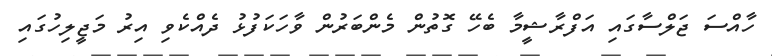
ހާއްސަ ޖަލްސާގައި އަފްރާޝީމާ ބެހޭ ގޮތުން މެންބަރުން ވާހަކަފުޅު ދެއްކެވި އިރު މަޖީލިހުގައި